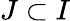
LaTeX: J\subset I